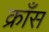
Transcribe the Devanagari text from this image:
क्राँस